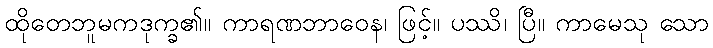
ထိုတေဘူမကဒုက္ခ၏။ ကာရဏဘာဝေန၊ ဖြင့်။ ပဿိ၊ ပြီ။ ကာမေသု သော